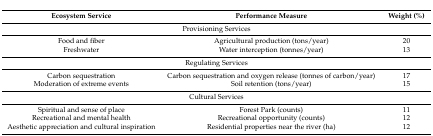
| Ecosystem Service | Performance Measure | Weight (%) |
 | --- | --- | --- |
 | <COLSPAN=3> Provisioning Services |
 | Food and fiber | Agricultural production (tons/year) | 20 |
 | Freshwater | Water interception (tonnes/year) | 13 |
 | <COLSPAN=3> Regulating Services |
 | Carbon sequestration | Carbon sequestration and oxygen release (tonnes of carbon/year) | 17 |
 | Moderation of extreme events | Soil retention (tons/year) | 15 |
 | <COLSPAN=3> Cultural Services |
 | Spiritual and sense of place | Forest Park (counts) | 11 |
 | Recreational and mental health | Recreational opportunity (counts) | 12 |
 | Aesthetic appreciation and cultural inspiration | Residential properties near the river (ha) | 12 |